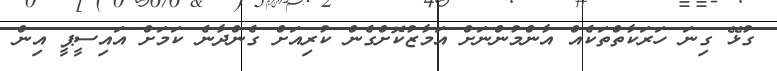
ގުޅޭ ގިނަ ހަރަކާތްތަކެއް އާންމުންނަށް އަމާޒުކޮށްގެން ކުރިއަށް ގެންދާނެ ކަމަށް އައިސީޕީ އިން